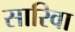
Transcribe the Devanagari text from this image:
सारिवा